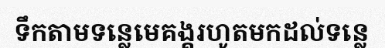
ទឹកតាមទន្លេមេគង្គរហូតមកដល់ទន្លេ